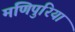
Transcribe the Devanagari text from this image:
मणिपुरिया